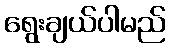
ရွေးချယ်ပါမည်